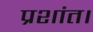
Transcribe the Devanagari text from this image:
प्रशांत।